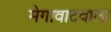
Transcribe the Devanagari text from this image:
मेगावाटवाला